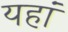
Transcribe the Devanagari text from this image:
यहां